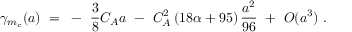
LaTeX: \gamma _ { m _ { c } } ( a ) ~ = ~ - ~ \frac { 3 } { 8 } C _ { A } a ~ - ~ C _ { A } ^ { 2 } \left( 1 8 \alpha + 9 5 \right) \frac { a ^ { 2 } } { 9 6 } ~ + ~ O ( a ^ { 3 } ) ~ .